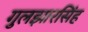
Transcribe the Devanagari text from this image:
गुलझारसिंह